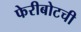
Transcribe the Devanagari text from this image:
फेरीबोटची